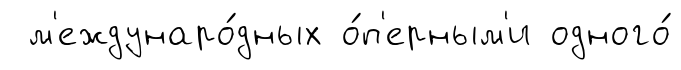
м'еждунаро́дных о́п'ерным'и одного́